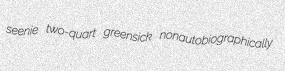
seenie two-quart greensick nonautobiographically